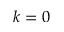
k = 0